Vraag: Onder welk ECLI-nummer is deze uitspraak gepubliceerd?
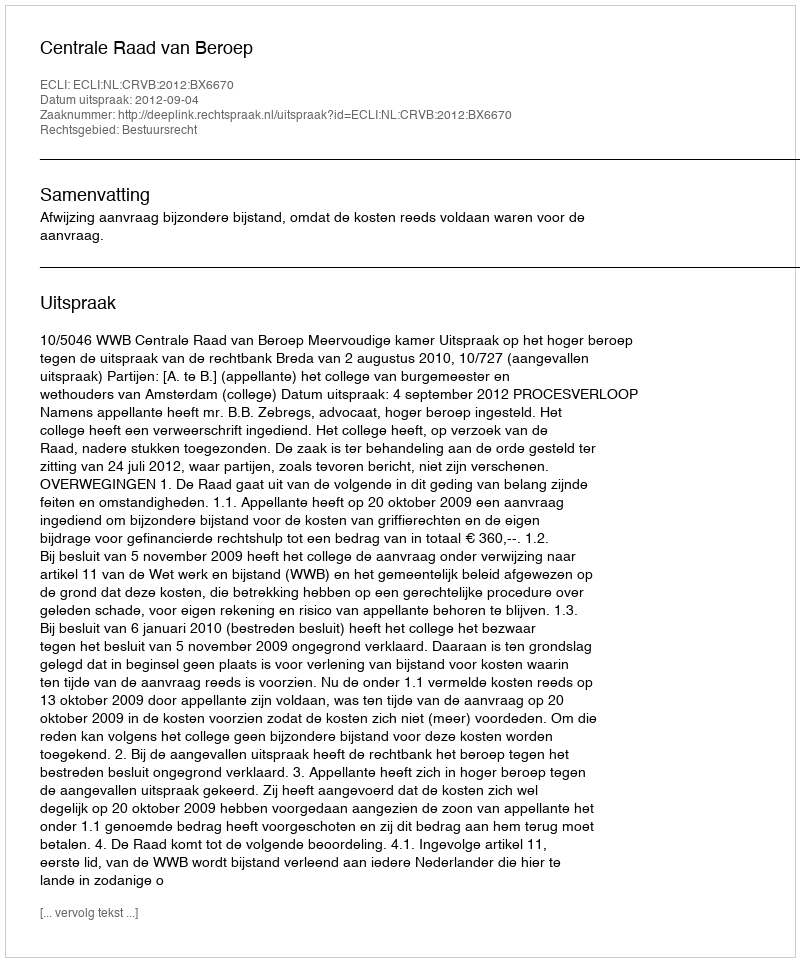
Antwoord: ECLI:NL:CRVB:2012:BX6670